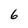
Character: 6